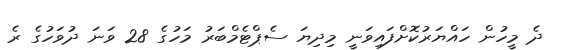
ދެ މީހުން ހައްޔަރުކޮށްފައިވަނީ މިދިޔަ ސެޕްޓެމްބަރު މަހުގެ 28 ވަނަ ދުވަހުގެ ރެ